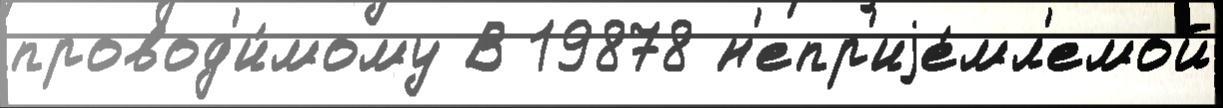
провод'и́мому В 19878 н'епр'иjе́мл'емой